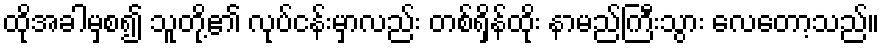
ထိုအခါမှစ၍ သူတို့၏ လုပ်ငန်းမှာလည်း တစ်ရှိန်ထိုး နာမည်ကြီးသွား လေတော့သည်။